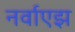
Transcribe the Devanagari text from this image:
नर्वाएझ